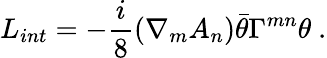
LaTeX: L_{int}=-\frac{i}{8}\left({\nabla}_{m}{A_{n}}\right)\bar{\theta}{\Gamma}^{mn}{\theta}\ .